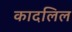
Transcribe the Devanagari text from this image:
कादलिल